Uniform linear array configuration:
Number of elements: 32
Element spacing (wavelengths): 0.75
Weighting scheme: cosine
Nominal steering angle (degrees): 30
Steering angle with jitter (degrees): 30.145
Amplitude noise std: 0.05
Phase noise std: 0.05

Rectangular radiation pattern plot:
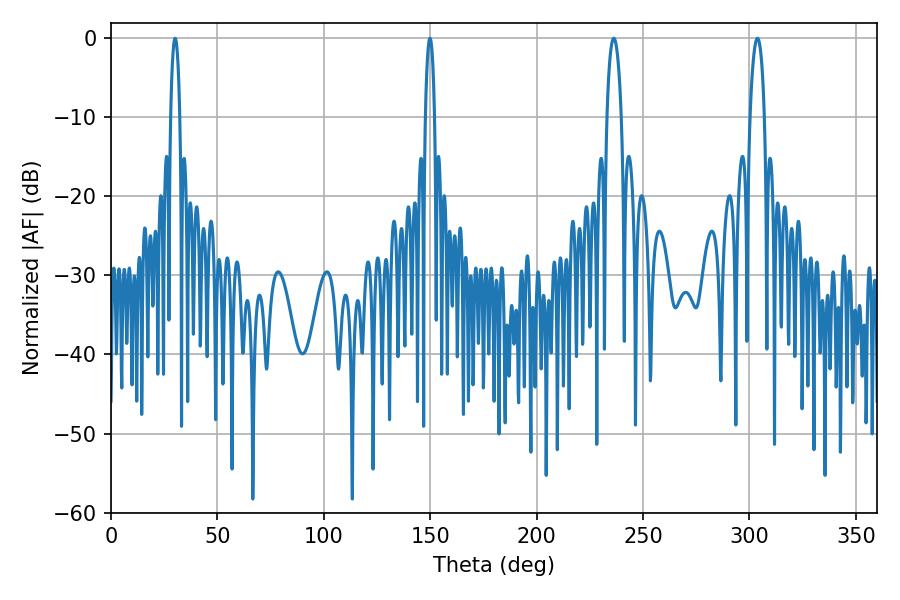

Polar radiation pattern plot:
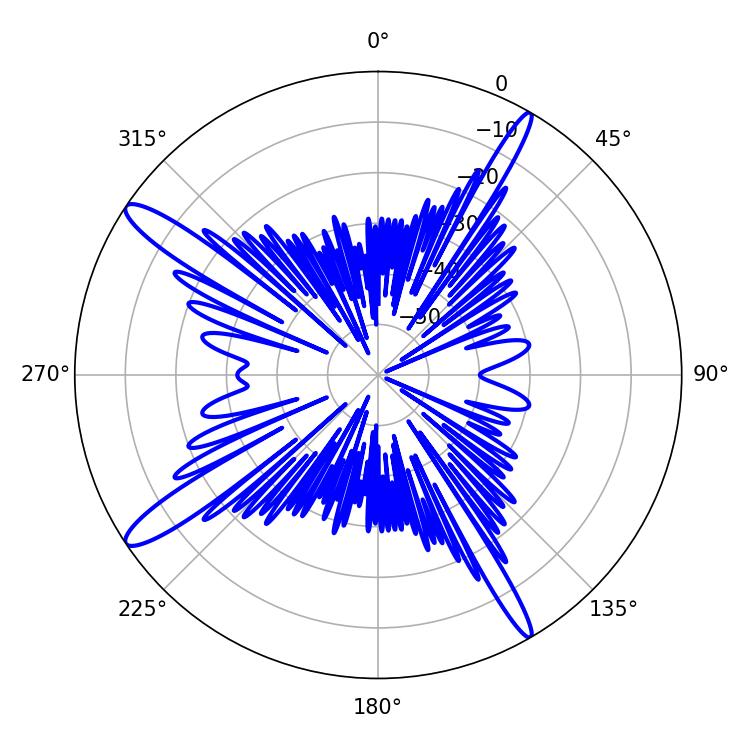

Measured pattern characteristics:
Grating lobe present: TRUE
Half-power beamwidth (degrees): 3.78
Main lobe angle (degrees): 236.16